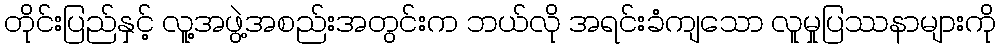
တိုင်းပြည်နှင့် လူ့အဖွဲ့အစည်းအတွင်းက ဘယ်လို အရင်းခံကျသော လူမှုပြဿနာများကို